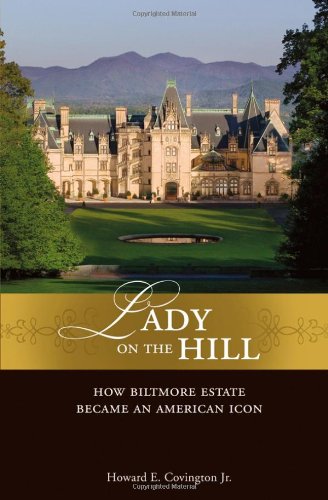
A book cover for Lady on the Hill: How Biltmore Estate Became an American Icon; Howard E. Covington Jr.; Crafts, Hobbies & Home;